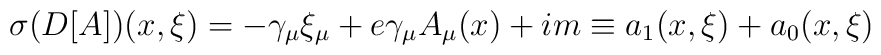
\sigma(D[A])(x,\xi)=-\gamma_{\mu}\xi_{\mu}+e\gamma_{\mu}A_{\mu}(x)+im\equiv	 a_{1}(x,\xi)+a_{0}(x,\xi)